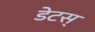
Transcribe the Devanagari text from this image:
डेटस्‌